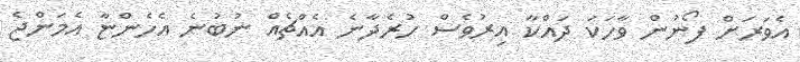
އެވަރަށް ފޯނުން ވާހަކަ ދައްކާ އިރުވެސް ހުރެދާނެ އެއްޗެއް ނުބުނެ އެހެންޏާ އެމަންޖެ